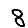
Digit: 8